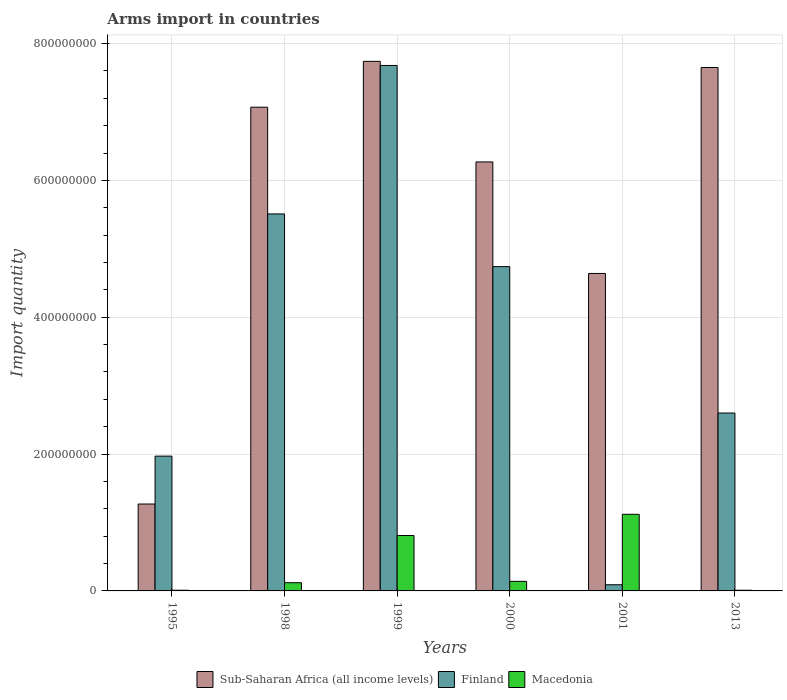
| Years | Sub-Saharan Africa (all income levels) | Finland | Macedonia |
 | --- | --- | --- | --- |
 | 1995 | 1.27e+08 | 1.97e+08 | 1e+06 |
 | 1998 | 7.07e+08 | 5.51e+08 | 1.2e+07 |
 | 1999 | 7.74e+08 | 7.68e+08 | 8.1e+07 |
 | 2000 | 6.27e+08 | 4.74e+08 | 1.4e+07 |
 | 2001 | 4.64e+08 | 9e+06 | 1.12e+08 |
 | 2013 | 7.65e+08 | 2.6e+08 | 1e+06 |